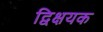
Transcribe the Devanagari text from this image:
द्विक्षयक